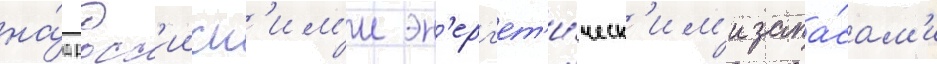
на́д росс'ииск'им'и эн'ерг'ет'и́ческ'им'и запа́сам'и